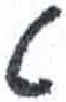
אות: ט